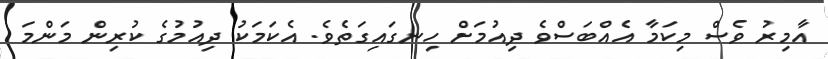
އާމިރު ވެސް މިކަމާ އެއްބަސްވެ ދިއުމަށް ހިނގައިގަތެވެ. އެކަމަކު ދިއުމުގެ ކުރިން މަންމަ